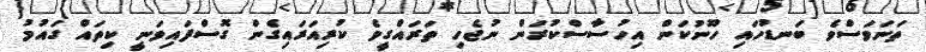
ތަނަވަސްވެ ބަނޑުހައި ހޫނުކަން އިހުސާސްކުރަން ނުޖެހި ތަރައްގީވެ ކުރިއަރައިގެން ގޮސްފައިވަނީ ކިތައް ގައުމު